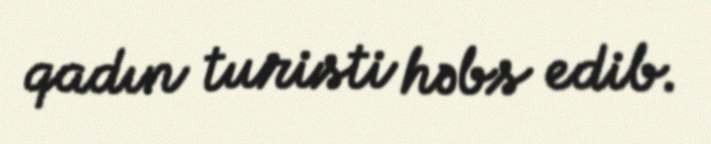
qadın turisti həbs edib.